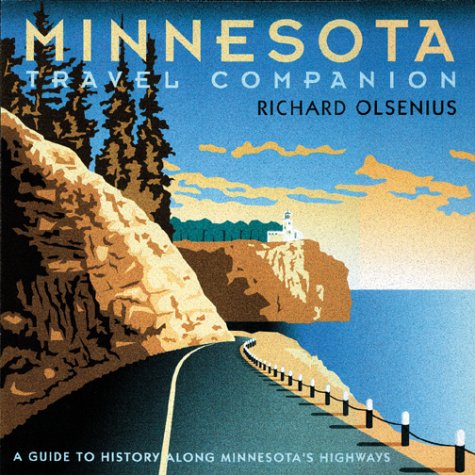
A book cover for Minnesota Travel Companion: A Guide to History along Minnesota's Highways; Richard Olsenius; Travel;